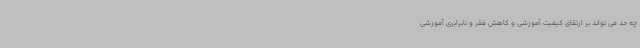
چه حد می تواند بر ارتقای کیفیت آموزشی و کاهش فقر و نابرابری آموزشی